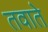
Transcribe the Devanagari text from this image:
तवाते